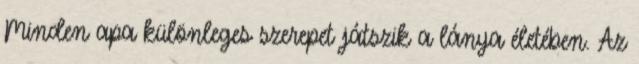
Minden apa különleges szerepet játszik a lánya életében. Az